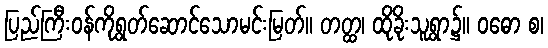
ပြည်ကြီးဝန်ကိုရွတ်ဆောင်သောမင်းမြတ်။ တတ္ထ၊ ထိုခိုးသူရွာ၌။ ဝဓော စ၊